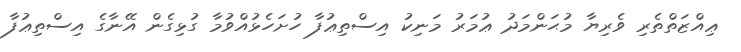
ޢިއްޒަތްތެރި ވެރިޔާ މުޙަންމަދު ޢުމަރު މަނިކު އިސްތިޢުފާ ހުށަހެޅުއްވުމާ ގުޅިގެން އޭނާގެ އިސްތިޢުފާ